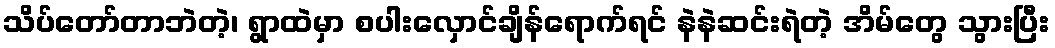
သိပ်တော်တာဘဲတဲ့၊ ရွာထဲမှာ စပါးလှောင်ချိန်ရောက်ရင် နဲနဲဆင်းရဲတဲ့ အိမ်တွေ သွားပြီး